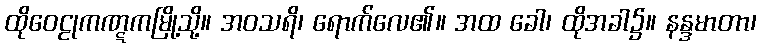
ထိုဝေဠုကဏ္ဋကမြို့သို့။ အဝသရိ၊ ရောက်လေ၏။ အထ ခေါ၊ ထိုအခါ၌။ နန္ဒမာတာ၊